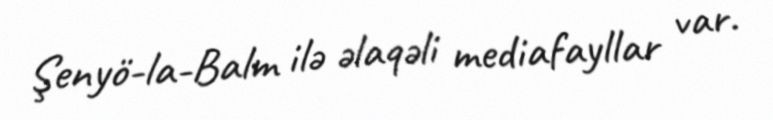
Şenyö-la-Balm ilə əlaqəli mediafayllar var.